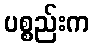
ပစ္စည်းက